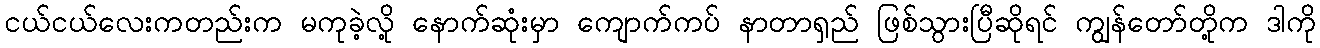
ငယ်ငယ်လေးကတည်းက မကုခဲ့လို့ နောက်ဆုံးမှာ ကျောက်ကပ် နာတာရှည် ဖြစ်သွားပြီဆိုရင် ကျွန်တော်တို့က ဒါကို